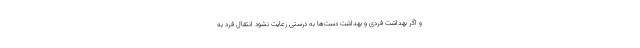
و اگر بهداشت فردی و بهداشت دست‌ها به درستی رعایت نشود انتقال فرد به